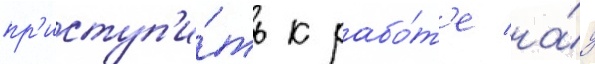
пр'иступ'и́ть к рабо́т'е на́д